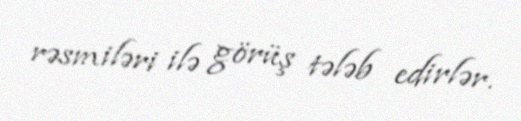
rəsmiləri ilə görüş tələb edirlər.